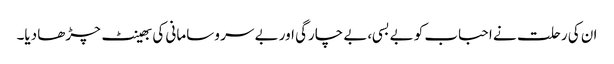
ان کی رحلت نے احباب کو بے بسی،بے چارگی اور بے سر و سامانی کی بھینٹ چڑھا دیا۔